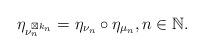
LaTeX: \begin{align*}\eta_{\nu_{n}^{\boxtimes k_{n}}}=\eta_{\nu_{n}}\circ\eta_{\mu_{n}},n\in\mathbb{N}.\end{align*}